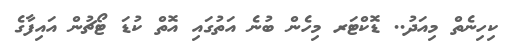
ކިހިނެތް މިއަދު.. ޑޮކްޓަރ މިހެން ބުނެ އަތުގައި އޮތް ކުޑަ ޓޯޗުން އައިފާގެ